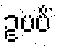
ဥပပိံ